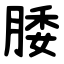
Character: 腇